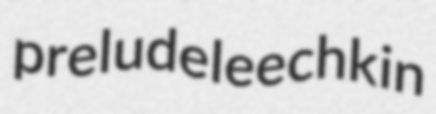
prelude leechkin